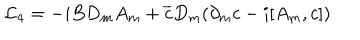
LaTeX: { \cal L } _ { 4 } = - i B D _ { m } A _ { m } + \overline { { c } } D _ { m } ( \partial _ { m } c - i [ A _ { m } , c ] )